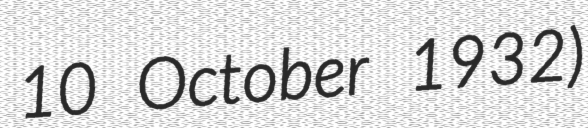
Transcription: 10 October 1932)